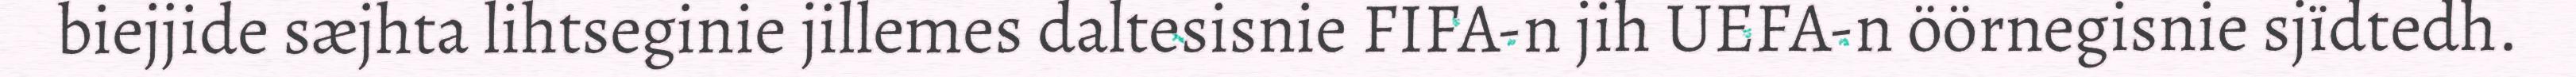
biejjide sæjhta lihtseginie jillemes daltesisnie FIFA-n jih UEFA-n öörnegisnie sjïdtedh.